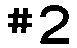
#2